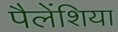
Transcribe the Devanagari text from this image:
पैलेंशिया